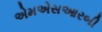
એમએસઆરબી